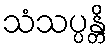
သံသပ္ပန္တိ